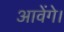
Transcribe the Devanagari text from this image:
आवेंगे।